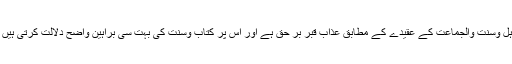
اہل وسنت والجماعت کے عقیدے کے مطابق عذاب قبر بر حق ہے اور اس پر کتاب وسنت کی بہت سی براہین واضح دلالت کرتی ہیں ۔